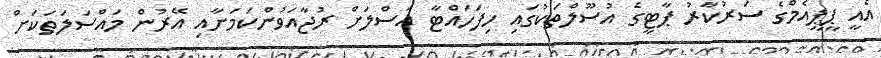
އެއީ ޕީޕީއެމްގެ ސަރުކާރު ޕާޓީގެ އުސޫލްތަކުގައި ހިފަހައްޓާ އަސްލަށް ރުޖާއަވުންކަމަށާއި އޭރުން މައްސަލަތަކަށް